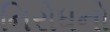
નિરોધનો